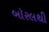
બૉરલથી